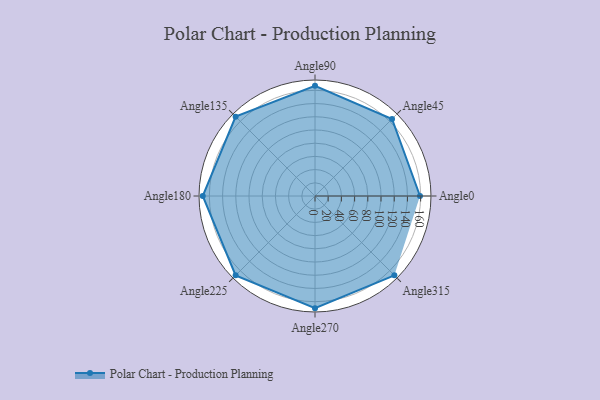
{"axis": {"x": "Angle", "y": "Radius"}, "legend": [""], "data": [{"x": "Angle0", "y": 159.0, "type": ""}, {"x": "Angle45", "y": 165.0, "type": ""}, {"x": "Angle90", "y": 167.0, "type": ""}, {"x": "Angle135", "y": 170, "type": ""}, {"x": "Angle180", "y": 170, "type": ""}, {"x": "Angle225", "y": 170, "type": ""}, {"x": "Angle270", "y": 170, "type": ""}, {"x": "Angle315", "y": 170, "type": ""}]}